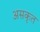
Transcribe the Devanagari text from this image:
असकृत